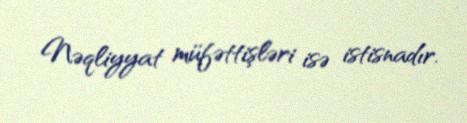
Nəqliyyat müfəttişləri isə istisnadır.